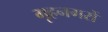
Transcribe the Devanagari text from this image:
गृहनगरों